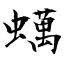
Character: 蠇